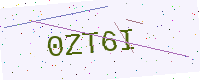
Text: 0ZT6I